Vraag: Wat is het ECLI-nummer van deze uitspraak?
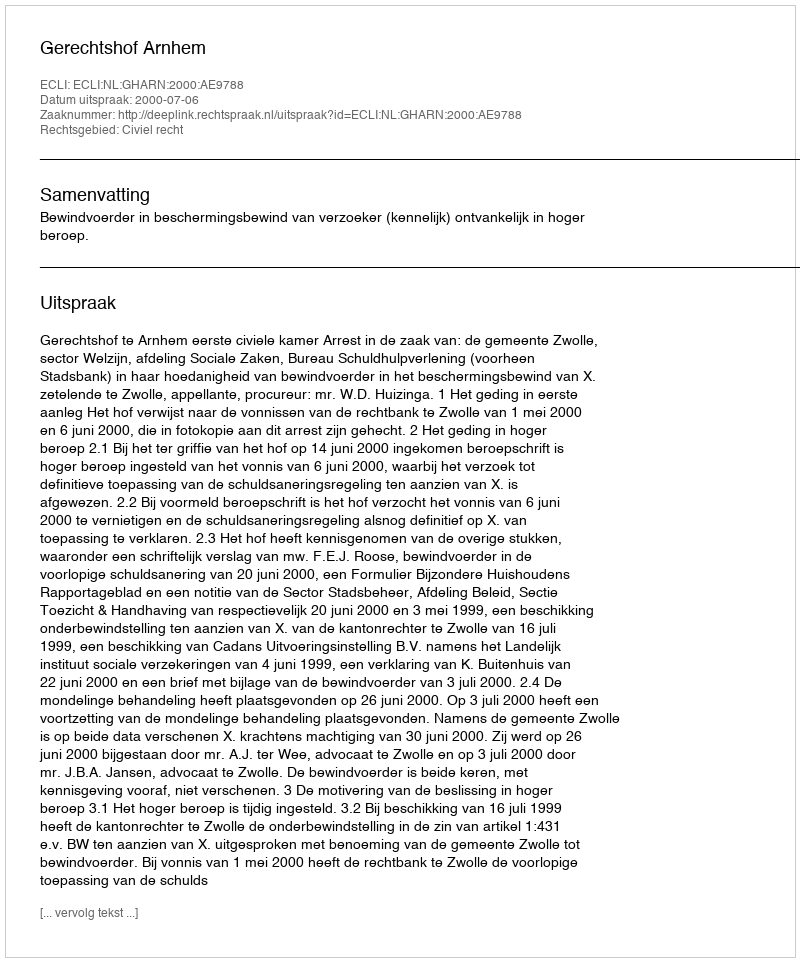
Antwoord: ECLI:NL:GHARN:2000:AE9788